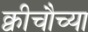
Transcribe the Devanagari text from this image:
क्वीचौच्या